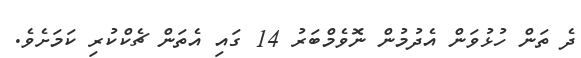
ދެ ތަން ހުޅުވަން އެދުމުން ނޮވެމްބަރު 14 ގައި އެތަން ޗެކްކުރި ކަމަށެވެ.